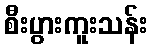
စီးပွားကူးသန်း